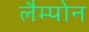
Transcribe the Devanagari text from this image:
लैम्पोन